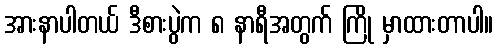
အားနာပါတယ် ဒီစားပွဲက ၈ နာရီအတွက် ကြို မှာထားတာပါ။